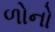
ળોનો